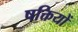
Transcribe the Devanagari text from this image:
षक्तियों